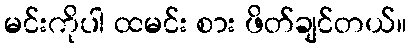
မင်းကိုပါ ထမင်း စား ဖိတ်ချင်တယ်။